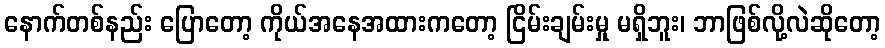
နောက်တစ်နည်း ပြောတော့ ကိုယ်အနေအထားကတော့ ငြိမ်းချမ်းမှု မရှိဘူး၊ ဘာဖြစ်လို့လဲဆိုတော့